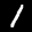
Label: 1